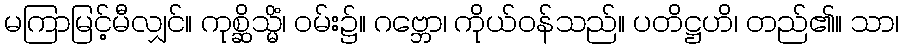
မကြာမြင့်မီလျှင်။ ကုစ္ဆိသ္မိံ၊ ဝမ်း၌။ ဂဗ္ဘော၊ ကိုယ်ဝန်သည်။ ပတိဋ္ဌဟိ၊ တည်၏။ သာ၊